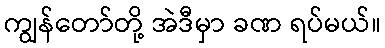
ကျွန်တော်တို့ အဲဒီမှာ ခဏ ရပ်မယ်။